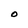
Character: O